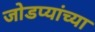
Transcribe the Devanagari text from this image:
जोडप्यांच्या